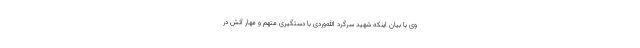
وی با بیان اینکه شهید سرگرد الله‌وردی با دستگیری متهم و مهار آتش در